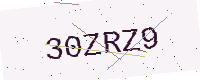
Text: 30ZRZ9